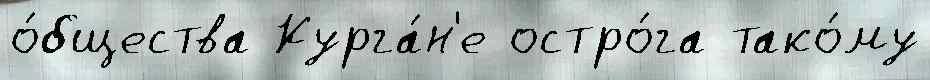
о́бщества Курга́н'е остро́га тако́му